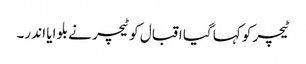
ٹیچر کو کہا گیا اقبال کو ٹیچر نے بلو ایا اند ر۔